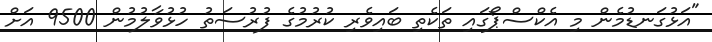
"އަޅުގަނޑުމެން މި އެކްސްޕޯގައި ތަކެތި ބައިވެރި ކުރުމުގެ ފުރުސަތު ހުޅުވާލުމުން 9500 އަށް